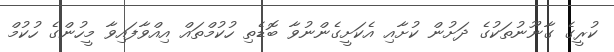
ކުރީގެ ގާނޫނުތަކުގެ ދަށުން ކުށާއި އެކަށީގެންނުވާ ބޮޑެތި ހުކުމްތައް އިއްވާފައިވާ މީހުންގެ ހުކުމް